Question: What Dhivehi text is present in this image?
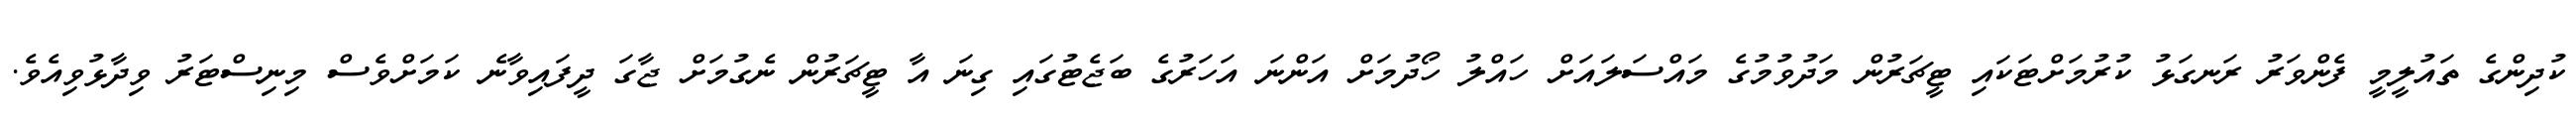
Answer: ކުދިންގެ ތައުލީމީ ފެންވަރު ރަނގަޅު ކުރުމަށްޓަކައި ޓީޗަރުން މަދުވުމުގެ މައްސަލައަށް ހައްލު ހޯދުމަށް އަންނަ އަހަރުގެ ބަޖެޓުގައި ގިނަ އާ ޓީޗަރުން ނެގުމަށް ޖާގަ ދީފައިވާނެ ކަމަށްވެސް މިނިސްޓަރު ވިދާޅުވިއެވެ.